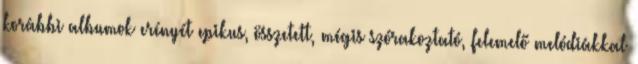
korábbi albumok erényét epikus, összetett, mégis szórakoztató, felemelő melódiákkal